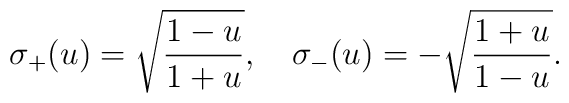
\sigma_+ (u) = \sqrt{{1-u \over 1 + u}},\quad \sigma_- (u) =  - \sqrt{{1 + u\over 1- u}}.